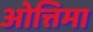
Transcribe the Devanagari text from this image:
ओत्तिमा